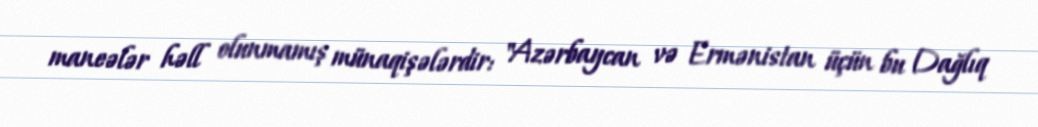
maneələr həll olunmamış münaqişələrdir: "Azərbaycan və Ermənistan üçün bu Dağlıq